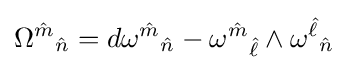
{\Omega ^{\hat {m}}}_{\hat {n}}=d{\omega ^{\hat {m}}}_{\hat {n}}-{\omega ^{\hat {m}}}_{\hat {\ell }}\wedge {\omega ^{\hat {\ell }}}_{\hat {n}}